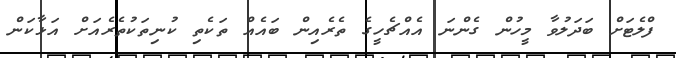
ފްލެޓަށް ބަދަލުވާ މީހުން ގެންނަ އެއްޗެހީގެ ތެރެއިން ބައެއް ތަކެތި ކުނިތަކުތެރެއަށް އަޅާކަން